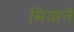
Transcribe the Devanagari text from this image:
मियाने